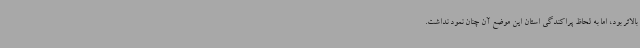
بالاتر بود، اما به لحاظ پراکندگی استان این موضع آن چنان نمود نداشت.